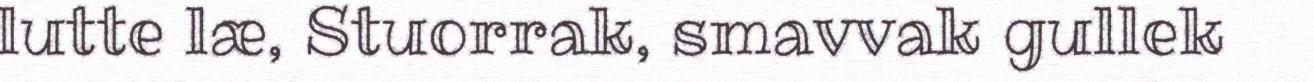
lutte læ, Stuorrak, smavvak gullek